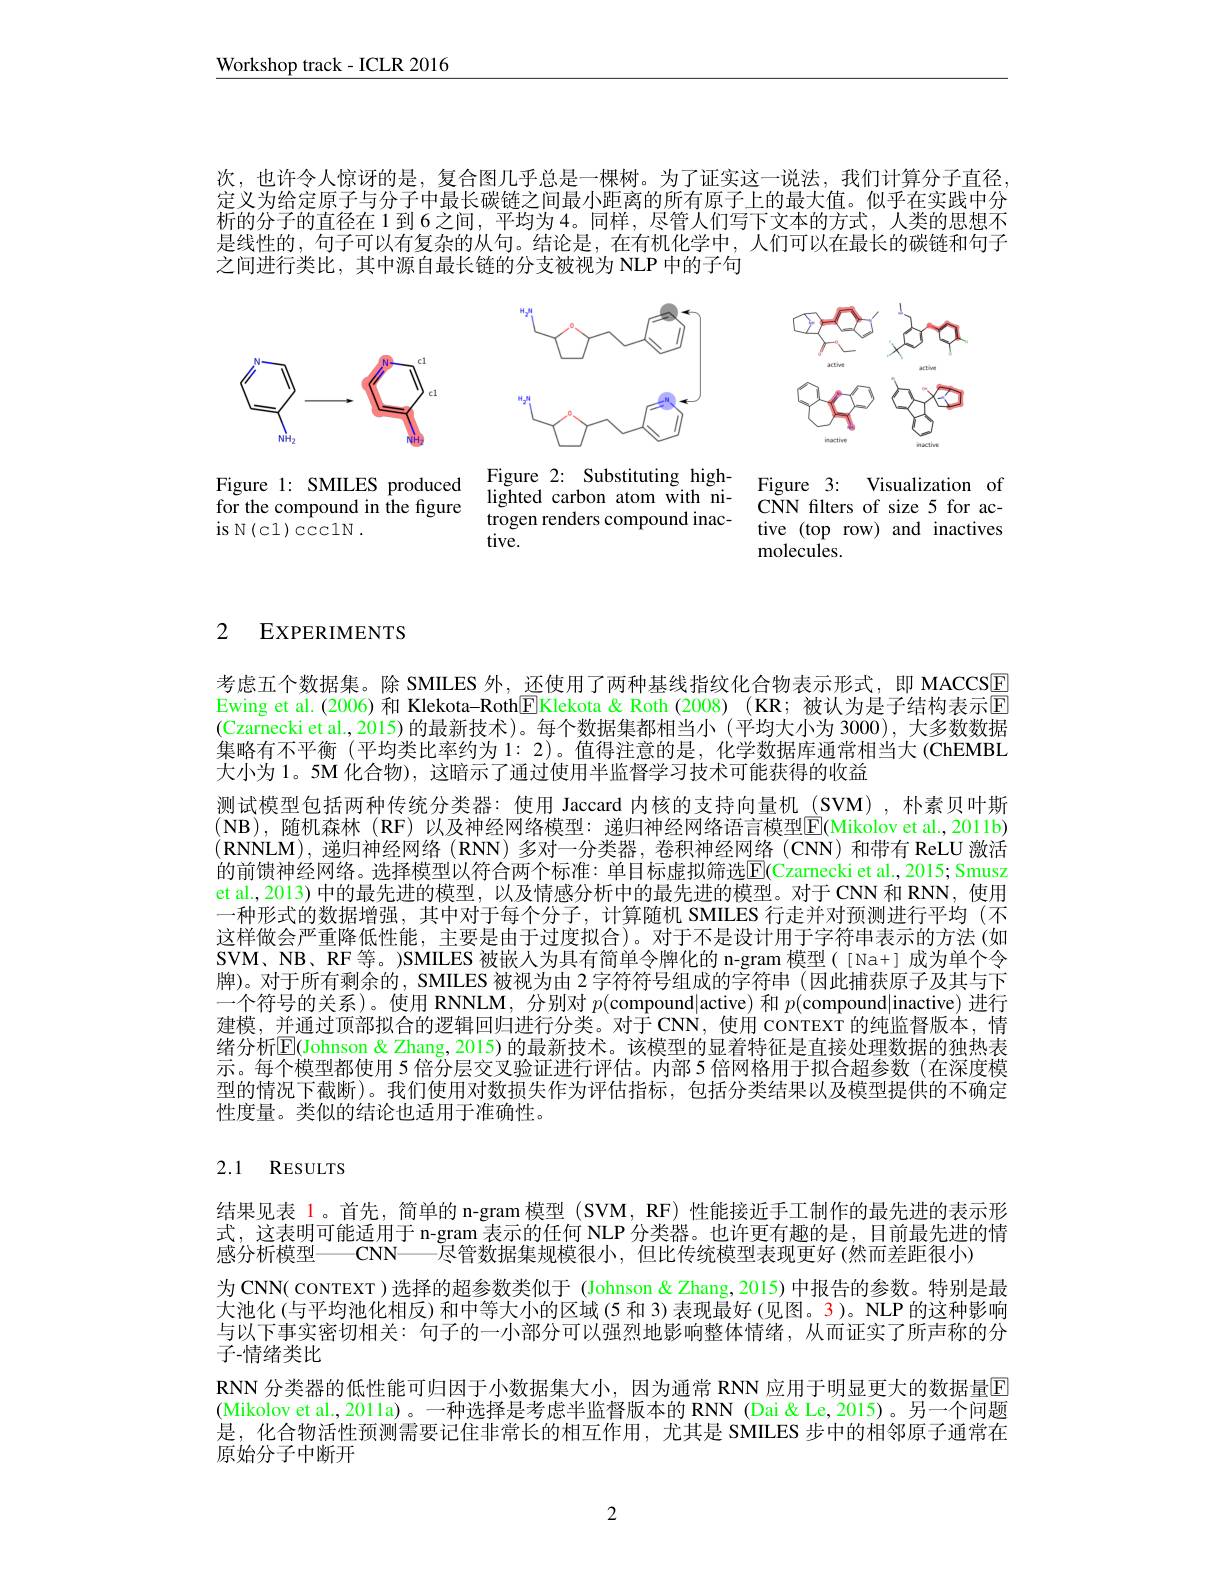
$\underline{\text{Workshop track-ICLR 2016}}$

次，也许令人惊讶的是，复合图几乎总是一棵树。为了证实这一说法，我们计算分子直径定义为给定原子与分子中最长碳链之间最小距离的所有原子上的最大值。似乎在实践中分析的分子的直径在 1 到 6 之间，平均为 4。同样，尽管人们写下文本的方式，人类的思想不是线性的，句子可以有复杂的从句。结论是，在有机化学中，人们可以在最长的碳链和句子之间进行类比，其中源自最长链的分支被视为 NLP 中的子句

<FigureHere>

<FigureHere>

<FigureHere>

Figure 1: SMILES produced for the compound in the figure is N$( c1) \textit{ccclN}.$

Figure 2: Substituting highlighted carbon atom with nitrogen renders compound inactive.

Figure 3: Visualization of CNN filters of size 5 for active (top row) and inactives molecules.

# 2 EXPERIMENTS

考虑五个数据集。除 SMILES 外，还使用了两种基线指纹化合物表示形式，即 MACCSE Ewing et al.(2006) 和 Klekota-Roth[$\overline{\mathrm{E}}$Klekota & Roth (2008)( KR; 被认为是子结构表示$\overline{\mathrm{E}}$ (Czarnecki et al.,2015)的最新技术)。每个数据集都相当小(平均大小为 3000), 大多数数据集略有不平衡 (平均类比率约为1：2)。值得注意的是，化学数据库通常相当大 (ChEMBL 大小为 1。5M 化合物), 这暗示了通过使用半监督学习技术可能获得的收益
测试模型包括两种传统分类器：使用 Jaccard 内核的支持向量机 (SVM),朴素贝叶斯(NB),随机森林(RF)以及神经网络模型：递归神经网络语言模型$\overline{\mathrm{E}}($Mikolov et al.,2011b) $(\mathbf{RNNLM})$,递归神经网络 (RNN) 多对一分类器，卷积神经网络 (CNN) 和带有 ReLU 激活的前馈神经网络。选择模型以符合两个标准：单目标虚拟筛选$\overline{\mathrm{E}}($Czarnecki et al.,2015; Smusz et al., 2013) 中的最先进的模型，以及情感分析中的最先进的模型。对于 CNN 和 RNN, 使用一种形式的数据增强，其中对于每个分子，计算随机 SMILES 行走并对预测进行平均 (不这样做会严重降低性能，主要是由于过度拟合)。对于不是设计用于字符串表示的方法 (如SVM、NB、RF等。)SMILES 被嵌人为具有简单令牌化的 n-gram 模型([Na+]成为单个令牌)。对于所有剩余的，SMILES 被视为由 2 字符符号组成的字符串 (因此捕获原子及其与下一个符号的关系)。使用 RNNLM, 分别对$p($compound|active) 和$p($compound|inactive)进行建模，并通过顶部拟合的逻辑回归进行分类。对于CNN，使用 coNTEXT 的纯监督版本，情绪分析$\boxed{\mathbb{E}}($Johnson & Zhang, 2015) 的最新技术。该模型的显着特征是直接处理数据的独热表示。每个模型都使用 5 倍分层交叉验证进行评估。内部 5 倍网格用于拟合超参数 (在深度模型的情况下截断)。我们使用对数损失作为评估指标，包括分类结果以及模型提供的不确定性度量。类似的结论也适用于准确性。

## 2.1 RESULTS

结果见表 1。首先，简单的 n-gram 模型 (SVM, RF) 性能接近手工制作的最先进的表示形式，这表明可能适用于 n-gram 表示的任何 NLP 分类器。也许更有趣的是，目前最先进的情感分析模型——CNN—— 尽管数据集规模很小，但比传统模型表现更好 (然而差距很小)
为 CNN( CONTEXT )选择的超参数类似于 (Johnson & Zhang, 2015) 中报告的参数。特别是最大池化 (与平均池化相反) 和中等大小的区域 (5 和 3)表现最好 (见图。3)。NLP 的这种影响与以下事实密切相关：句子的一小部分可以强烈地影响整体情绪，从而证实了所声称的分子-情绪类比
RNN 分类器的低性能可归因于小数据集大小，因为通常 RNN 应用于明显更大的数据量E (Mikolov et al., 201la)。一种选择是考虑半监督版本的 RNN (Dai&Le, 2015)。另一个问题是，化合物活性预测需要记住非常长的相互作用，尤其是 SMILES 步中的相邻原子通常在原始分子中断开

2